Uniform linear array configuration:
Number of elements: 32
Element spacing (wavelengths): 1
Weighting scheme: uniform
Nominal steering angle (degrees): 0
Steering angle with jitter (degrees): -0.4783
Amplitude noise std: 0.05
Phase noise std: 0.05

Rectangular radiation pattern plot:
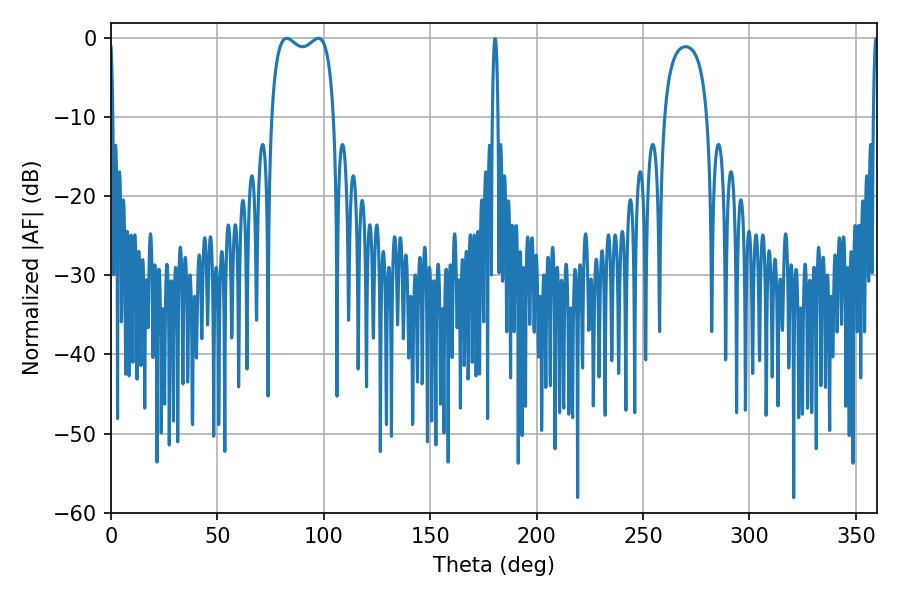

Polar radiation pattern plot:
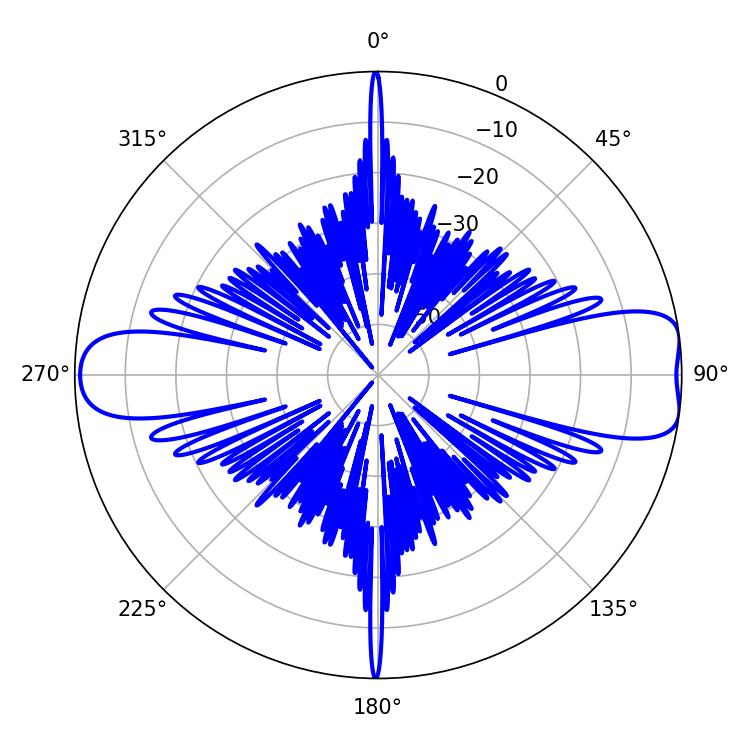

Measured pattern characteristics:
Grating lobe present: TRUE
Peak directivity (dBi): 10.019
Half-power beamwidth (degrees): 24.12
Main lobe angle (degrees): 82.62